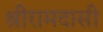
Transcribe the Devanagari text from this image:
श्रीरामदासी